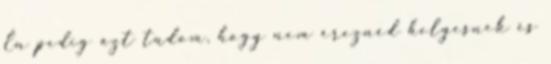
Én pedig azt tudom, hogy nem éreznéd helyesnek és